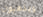
ويذهبون